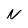
Character: N